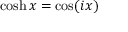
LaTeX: \cosh x = \cos ( i x )